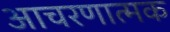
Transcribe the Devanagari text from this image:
आचरणात्मक